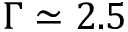
\Gamma \simeq 2 . 5